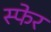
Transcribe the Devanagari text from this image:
स्फेर